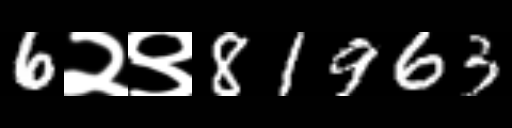
Text: 6२९81963